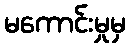
မကောင်းမှုမှ